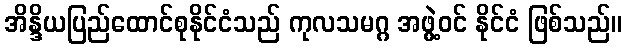
အိန္ဒိယပြည်ထောင်စုနိုင်ငံသည် ကုလသမဂ္ဂ အဖွဲ့ဝင် နိုင်ငံ ဖြစ်သည်။